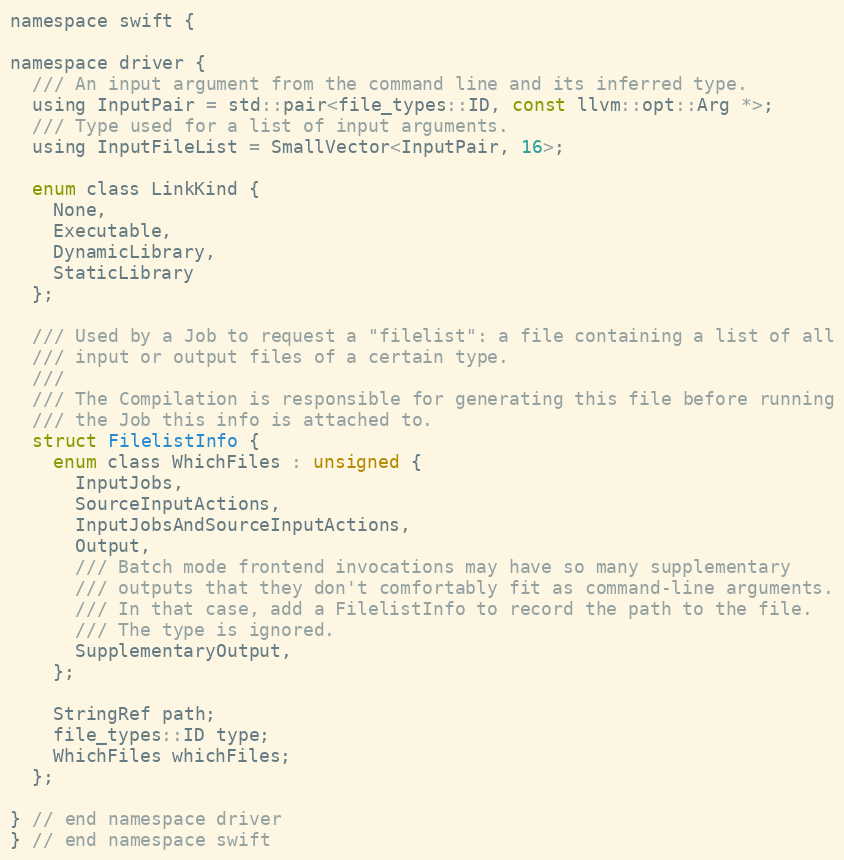
Language: C
namespace swift {

namespace driver {
  /// An input argument from the command line and its inferred type.
  using InputPair = std::pair<file_types::ID, const llvm::opt::Arg *>;
  /// Type used for a list of input arguments.
  using InputFileList = SmallVector<InputPair, 16>;

  enum class LinkKind {
    None,
    Executable,
    DynamicLibrary,
    StaticLibrary
  };

  /// Used by a Job to request a "filelist": a file containing a list of all
  /// input or output files of a certain type.
  ///
  /// The Compilation is responsible for generating this file before running
  /// the Job this info is attached to.
  struct FilelistInfo {
    enum class WhichFiles : unsigned {
      InputJobs,
      SourceInputActions,
      InputJobsAndSourceInputActions,
      Output,
      /// Batch mode frontend invocations may have so many supplementary
      /// outputs that they don't comfortably fit as command-line arguments.
      /// In that case, add a FilelistInfo to record the path to the file.
      /// The type is ignored.
      SupplementaryOutput,
    };

    StringRef path;
    file_types::ID type;
    WhichFiles whichFiles;
  };

} // end namespace driver
} // end namespace swift